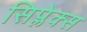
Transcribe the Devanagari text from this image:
सिप्लेक्स